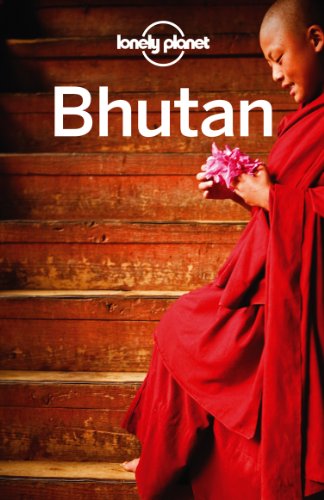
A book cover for Lonely Planet Bhutan (Country Travel Guide); Bradley Mayhew; Travel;